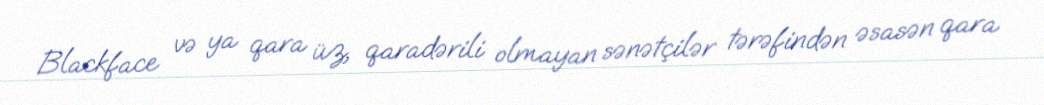
Blackface və ya qara üz, qaradərili olmayan sənətçilər tərəfindən əsasən qara